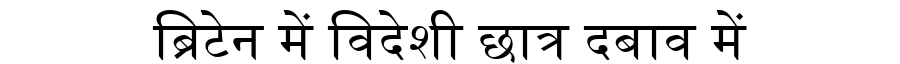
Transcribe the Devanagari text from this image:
ब्रिटेन में विदेशी छात्र दबाव में